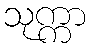
သုက္ကာ